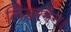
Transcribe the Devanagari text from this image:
लिंडरमैन।